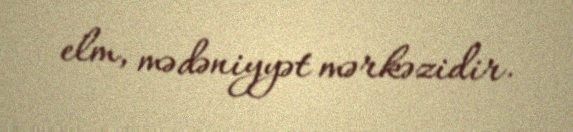
elm, mədəniyyət mərkəzidir.